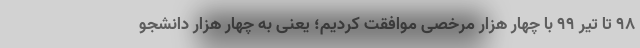
۹۸ تا تیر ۹۹ با چهار هزار مرخصی موافقت کردیم؛ یعنی به چهار هزار دانشجو